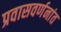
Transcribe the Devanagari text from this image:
प्रवासवर्णनांत